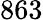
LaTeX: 863